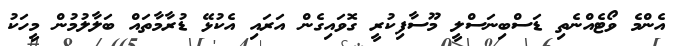
އެންމެ ވޯޓެއްނެތި ޑަސްބިނަސްލީ މޫސާފިކުރީ ގޮވައިގެން އަރައި އެކުޅޭ ޑުރާމާތައް ބަލާލުމުން މީހަކު